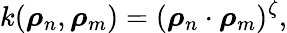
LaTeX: k(\boldsymbol{\mathbf{\rho}}_{n},\boldsymbol{\mathbf{\rho}}_{m})=(\boldsymbol{\mathbf{\rho}}_{n}\cdot\boldsymbol{\mathbf{\rho}}_{m})^{\zeta},